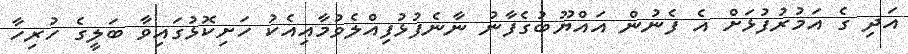
އަދި ގެ އަމުރުފުޅަށް އެ ފެނުން އައްޔޫބުގެފާނު ނާނެފުޅުފިއްލެވުމާއިއެކު ހަށިކޮޅުގައިވާ ބަލީގެ ހުރިހާ